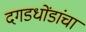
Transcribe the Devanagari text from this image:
दगडधोंडांचा